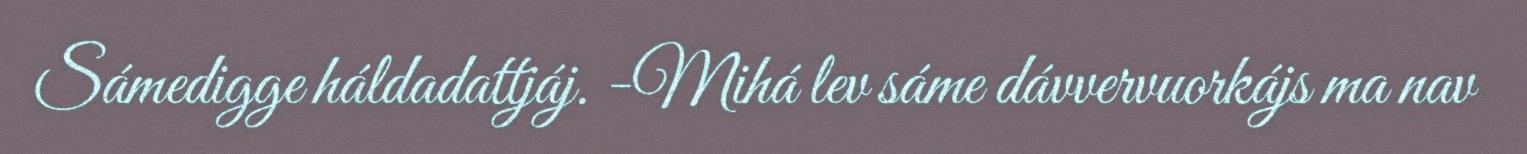
Sámedigge háldadattjáj. -Mihá lev sáme dávvervuorkájs ma nav